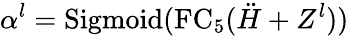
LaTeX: \alpha^{l}=\mathrm{Sigmoid}(\mathrm{FC}_{5}(\ddot{H}+Z^{l}))